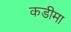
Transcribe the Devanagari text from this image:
कडीमा